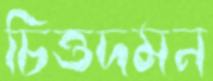
চিত্তদমন